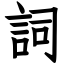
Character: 詞